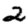
Digit: 2